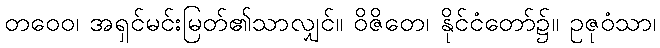
တဝေဝ၊ အရှင်မင်းမြတ်၏သာလျှင်။ ဝိဇိတေ၊ နိုင်ငံတော်၌။ ဥဇုဝံသာ၊